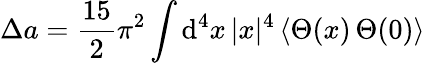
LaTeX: \Delta a={\frac{15}{2}}\pi^{2}\int\mathrm{d}^{4}x\, |x|^{4}\, \langle\Theta(x)\, \Theta(0)\rangle